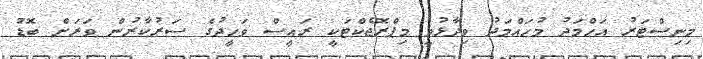
މިނިސްޓަރު އަޙްމަދު މުހައްމަދު ވިދާޅުވީ މިޕްރޮޖެކްޓަކީ ރައީސް ވަހީދުގެ ސަރުކާރުން ވަރަށް ބޮޑު